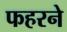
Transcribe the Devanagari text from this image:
फहरने